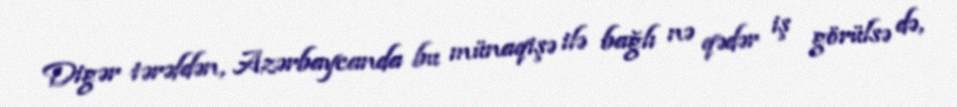
Digər tərəfdən, Azərbaycanda bu münaqişə ilə bağlı nə qədər iş görülsə də,